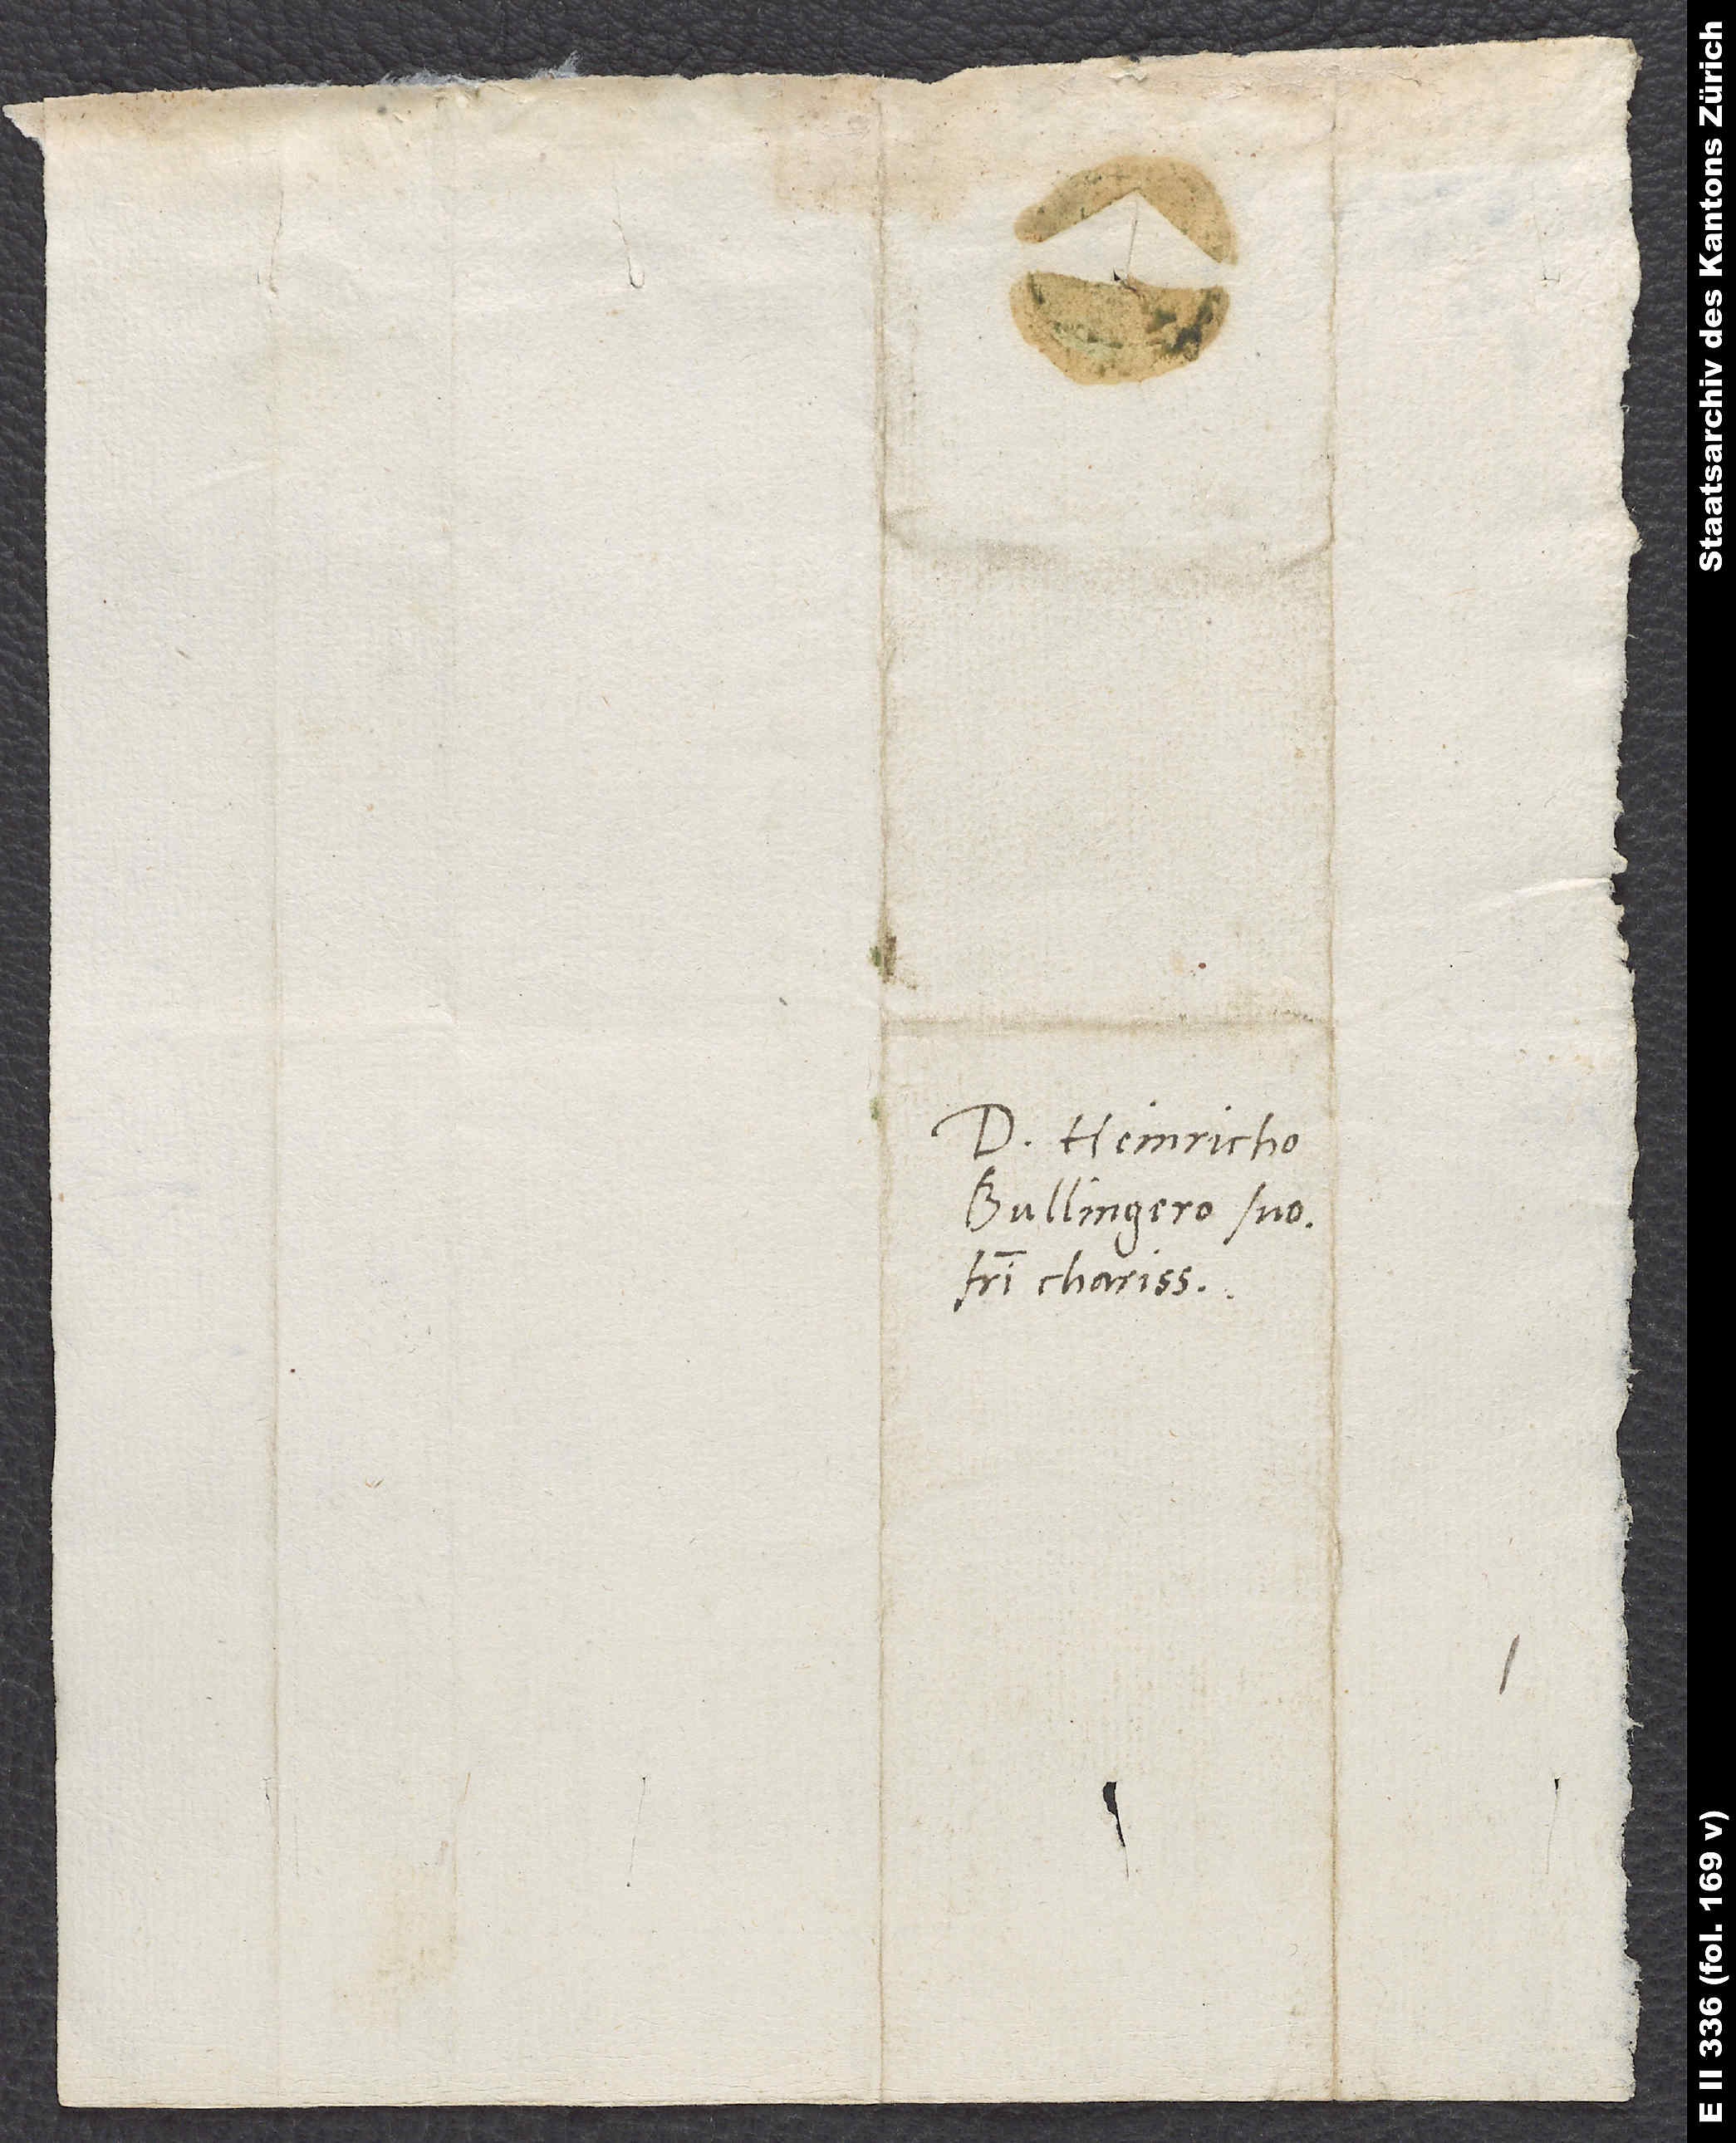
Domino Heinricho
Bullingero suo,
fratri charissimo.